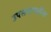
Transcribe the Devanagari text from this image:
उपसभापतींना